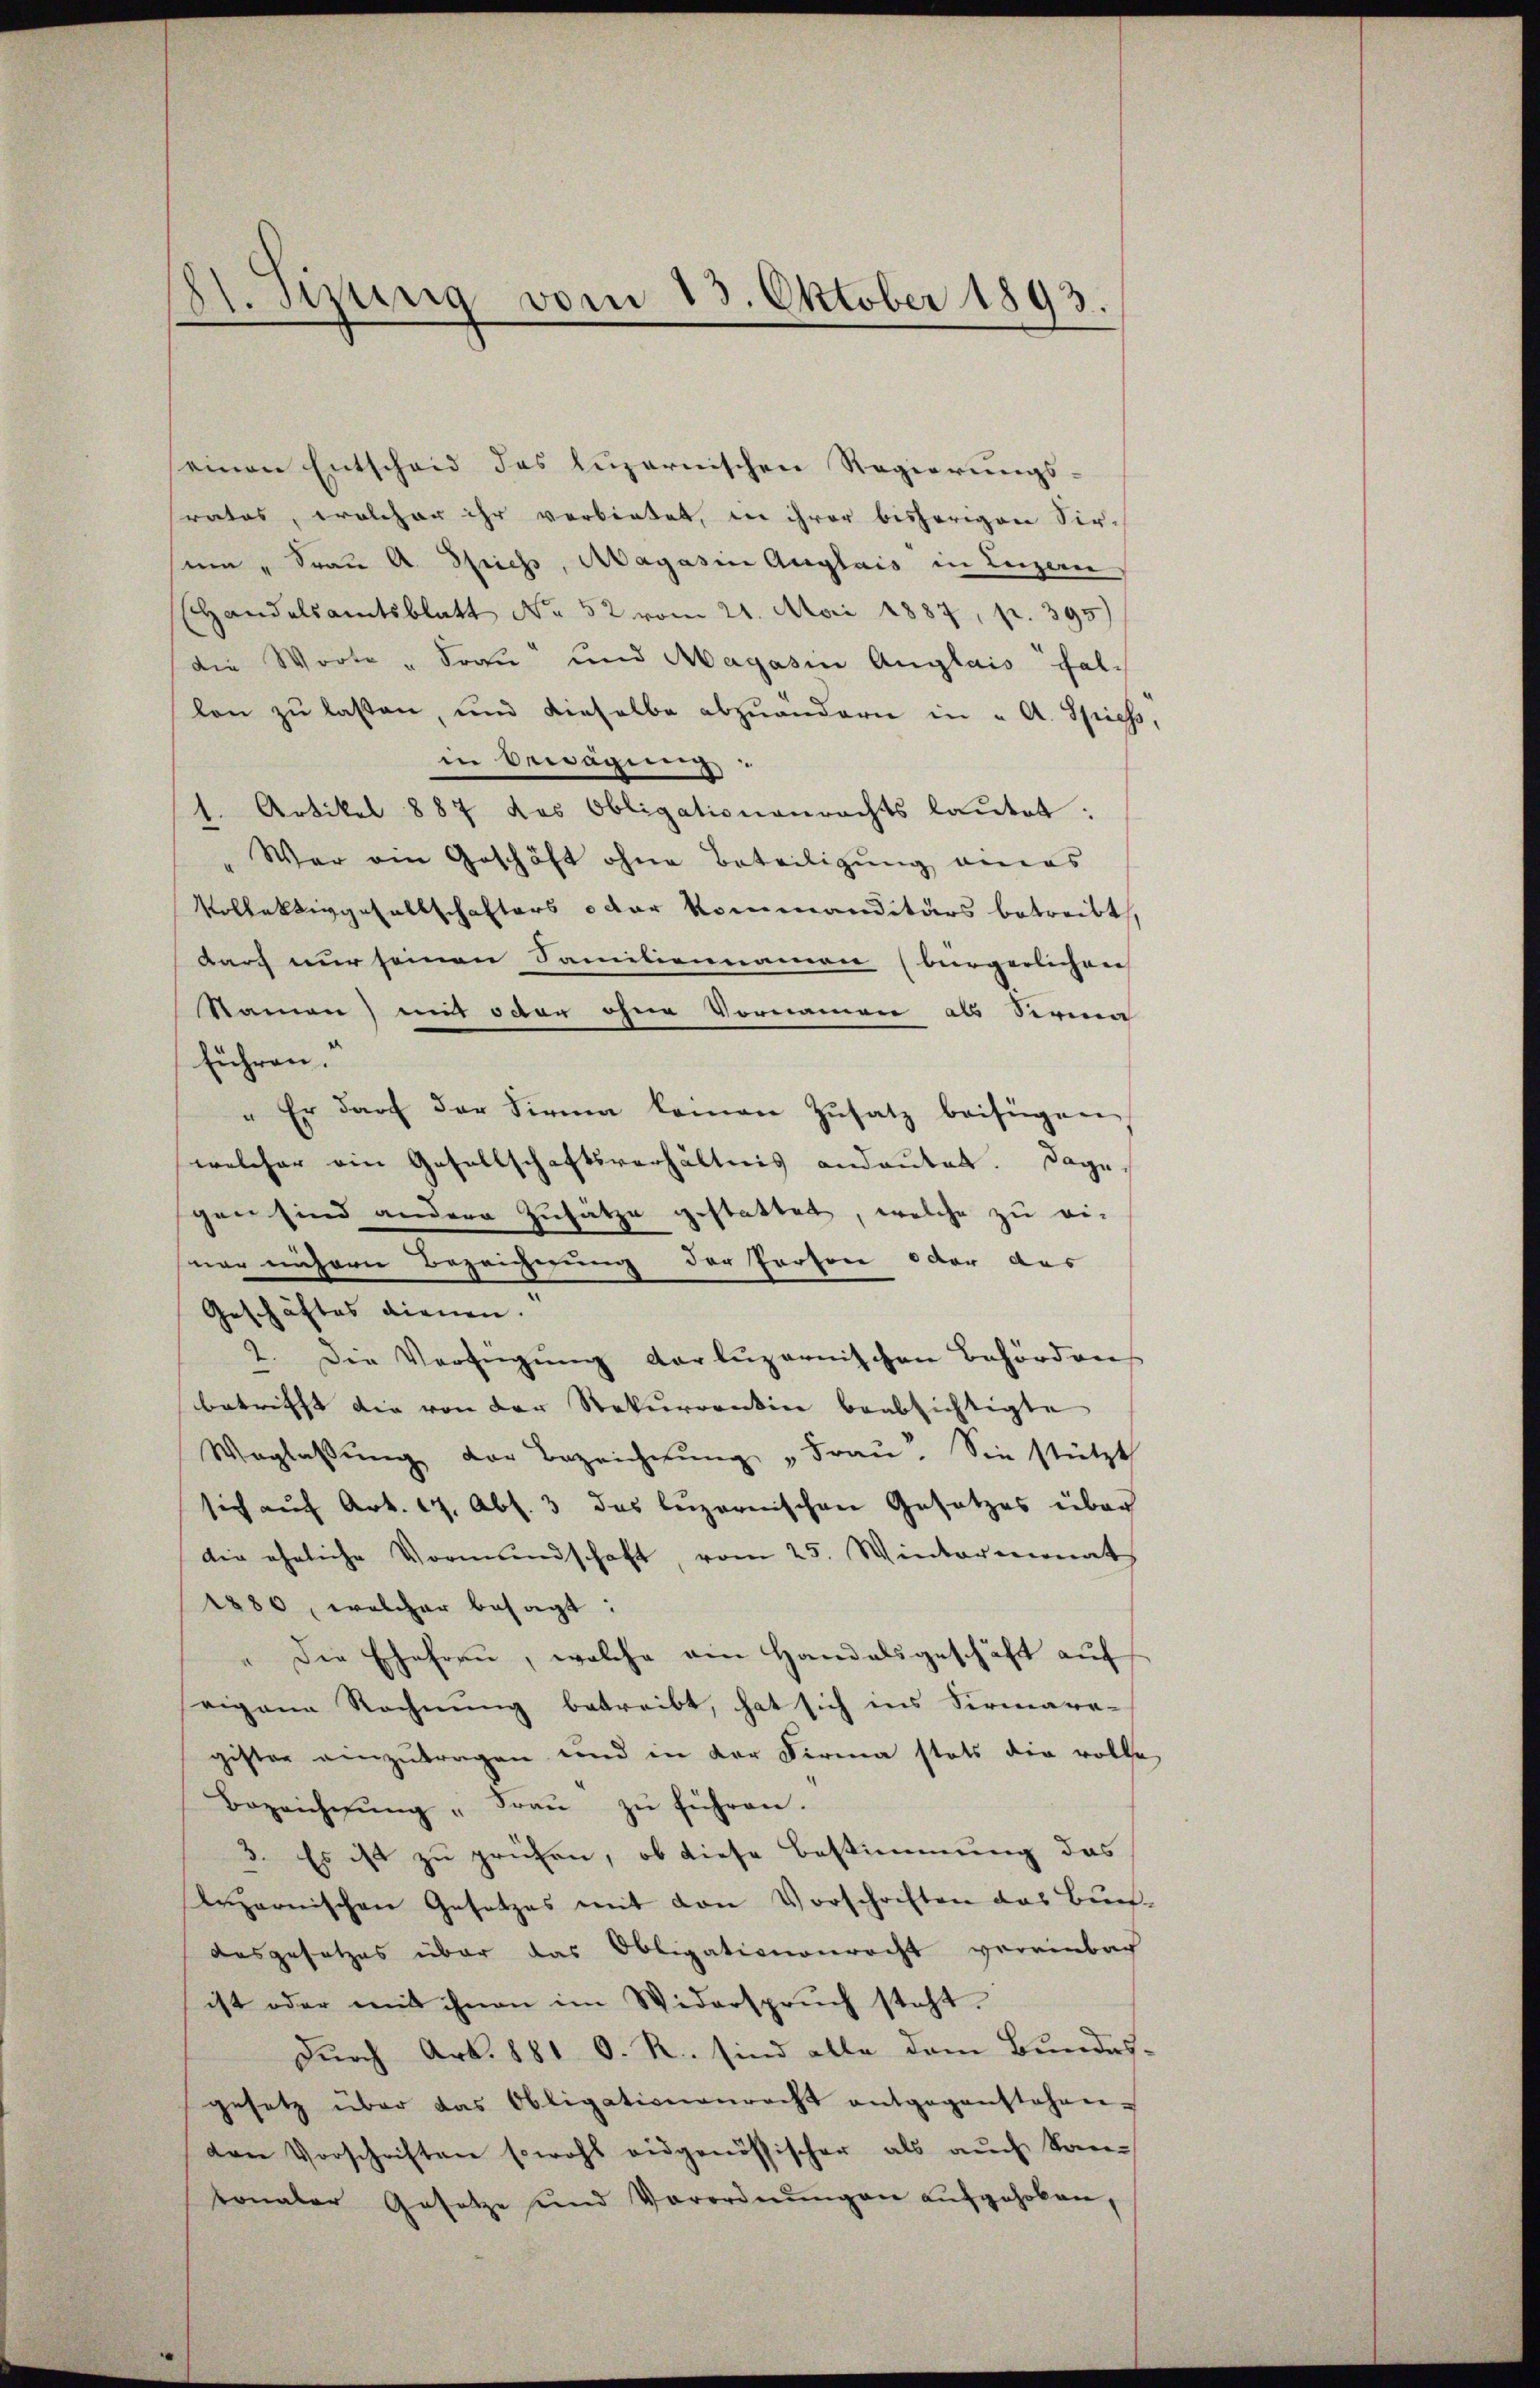
St. Speig vom 13. Oktober 1893.

einen Entscheid des luzernischen Regierungs-
rates, welcher ihr verbietet, in ihrer bisherigen Sir-
sein " Frau A. Spiess, Magasin Auglais in Luzern,
(Handelsamtsblatt No 52 vom 21. Mai 1887, p. 395)
die Worte " Frau und Magasin Anglais fallon zu lassen, und dieselbe abzuändern in " A. Spiess,
in Bewägung
1. Artikel 887 das Obligationenrechts lautet:
War ein Geschäft ohne Beteiligung andas
Kollektivgesellschafters oder Kommanditärs betreibt,
darf nur seinen Familiennamen (bürgerlichen |
Namen) mit oder ohne Vornamen als Serma
führen.“
" Er darf der Firma komen Zusatz beifügen,
welcher ein Gesellschaftsverhältnis andeutet. Dagegen sind andere Zusätze gestattet, welche zu ei-
ner unsern Bezeichnung der Person oder das
Geschäftes dienen. |
2. Die Verfügung darluzernischen Behörders
betrifft die von der Rekurrentin beabsichtigte
Weglassŭng der Bezeichnŭng " Frau. Sie stützt
sich aŭf Art. 17. Abs. 3 das luzernischen Gesetzes über
die eheliche Vormŭndschaft, vom 25. Wintermonat
1880, welcher besagt:
" Die Ehefrau, welche ein Handelsgeschäft auf
eigene Rechnung betreibt, hat sich ins Sirmara-
gister einzutragen und in der Firma stets die volle
Bezeichnŭng "Fraŭ zŭ führen.
3. Es ist zu prüfen, ob diese Bestimmung das
luzernischen Gesetzes mit den Vorschriften das Buch-
Ausgesetzes über das Obligationenrecht vereinbach
ist oder mit ihnen im Widerspruch steht.
Durch Art. 881 O. R. sind alle dem Bundes-
gesetz über das Obligationenrecht entgegenstehen.
den Vorschriften sowohl eidgenössischer als auch kon-
tonaler Gesetze und Verordnŭngen aŭfgehoben,